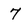
Character: 7